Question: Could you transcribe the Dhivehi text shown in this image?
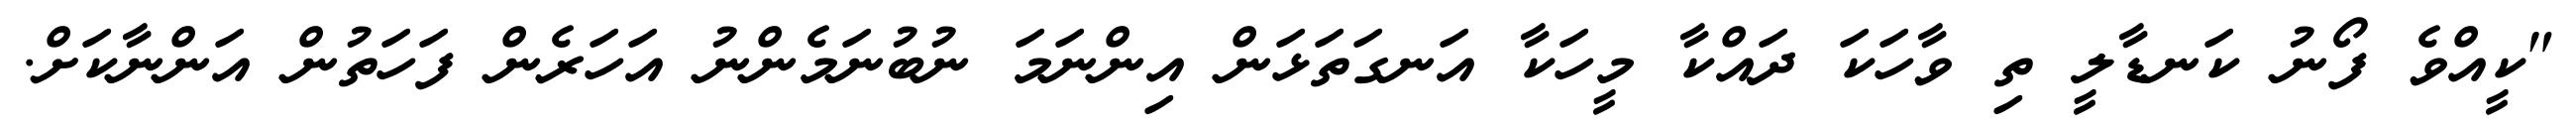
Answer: "ކީއްވެ ފޯނު ކަނޑާލީ ތި ވާހަކަ ދައްކާ މީހަކާ އަނގަތަޅަން އިންނަމަ ނުބުނަމެންނު އަހަރެން ފަހަތުން އަންނާކަށް.